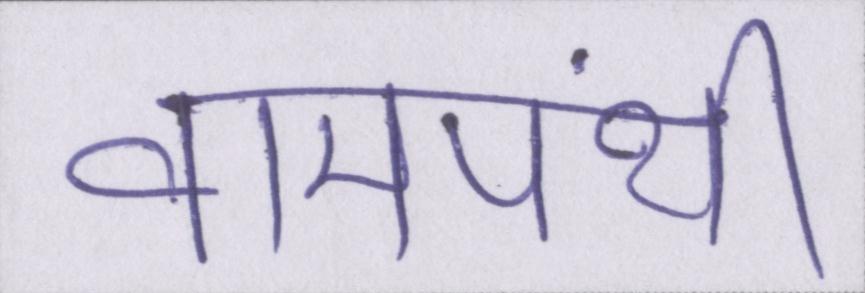
वामपंथी